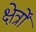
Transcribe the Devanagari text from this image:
क्षेर्त्रों